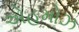
એહમોઝ